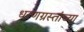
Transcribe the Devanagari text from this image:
धरणग्रस्तांच्या